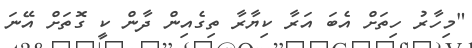
"މިހާރު ހިތަށް އެބަ އަރާ ކިޔާރާ ތިގެއިން ދާން ކީ ގޮތަށް އޭނަ